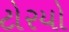
ટોરયો